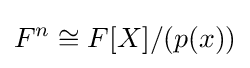
F^{n}\cong F[X]/(p(x))